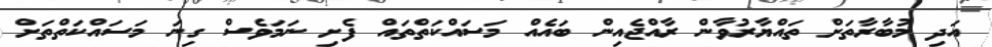
އަދި މުބާރާތަށް ތައްޔާރުވާން ރާއްޖެއިން ބައެއް މަސައްކަތްތައް ފެށި ނަމަވެސް ގިނަ މަސައްކަތްތަށް